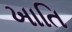
ખાતિ